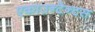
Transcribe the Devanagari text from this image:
एकाउन्टेन्टस